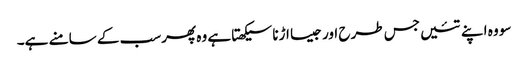
سو وہ اپنے تئیں جس طرح اور جیسا اڑنا سیکھتا ہے وہ پھرسب کے سامنے ہے۔